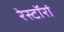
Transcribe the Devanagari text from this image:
रेस्टॉरां